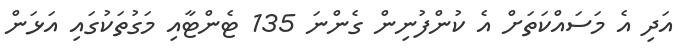
އަދި އެ މަސައްކަތަށް އެ ކުންފުނިން ގެންނަ 135 ޓެންޓާއި މަގުތަކުގައި އަޅަން